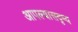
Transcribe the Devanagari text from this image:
आपल्यासदृष्य